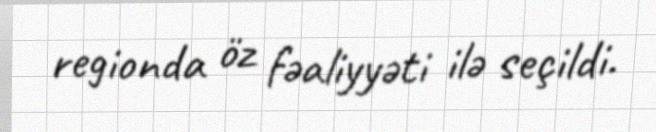
regionda öz fəaliyyəti ilə seçildi.